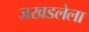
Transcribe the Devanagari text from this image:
जखडलेला